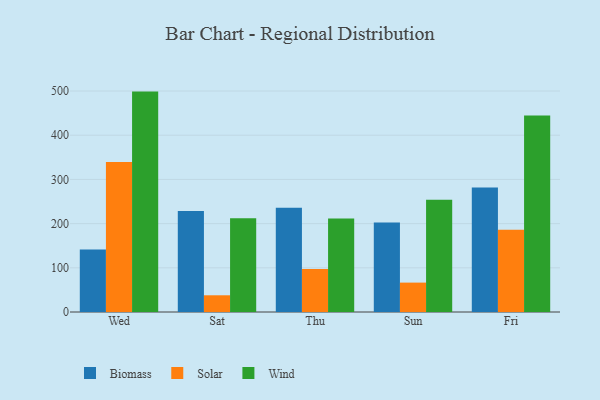
{"axis": {"x": "Day", "y": "Market Share (%)"}, "legend": ["Biomass", "Solar", "Wind"], "data": [{"x": "Wed", "y": 141.2, "type": "Biomass"}, {"x": "Wed", "y": 339.4, "type": "Solar"}, {"x": "Wed", "y": 498.7, "type": "Wind"}, {"x": "Sat", "y": 228.3, "type": "Biomass"}, {"x": "Sat", "y": 37.8, "type": "Solar"}, {"x": "Sat", "y": 212.1, "type": "Wind"}, {"x": "Thu", "y": 236.0, "type": "Biomass"}, {"x": "Thu", "y": 97.4, "type": "Solar"}, {"x": "Thu", "y": 211.5, "type": "Wind"}, {"x": "Sun", "y": 202.6, "type": "Biomass"}, {"x": "Sun", "y": 66.5, "type": "Solar"}, {"x": "Sun", "y": 254.0, "type": "Wind"}, {"x": "Fri", "y": 281.8, "type": "Biomass"}, {"x": "Fri", "y": 186.3, "type": "Solar"}, {"x": "Fri", "y": 444.9, "type": "Wind"}]}